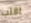
اقلب